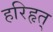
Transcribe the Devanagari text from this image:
हरिहृत्